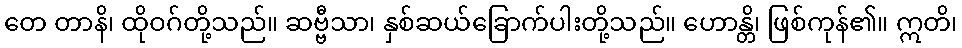
တေ တာနိ၊ ထိုဝဂ်တို့သည်။ ဆဗ္ဗီသာ၊ နှစ်ဆယ်ခြောက်ပါးတို့သည်။ ဟောန္တိ၊ ဖြစ်ကုန်၏။ ဣတိ၊